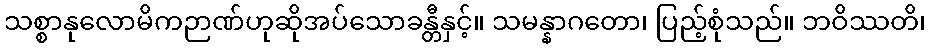
သစ္စာနုလောမိကဉာဏ်ဟုဆိုအပ်သောခန္တီနှင့်။ သမန္နာဂတော၊ ပြည့်စုံသည်။ ဘဝိဿတိ၊